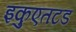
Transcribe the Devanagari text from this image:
इकुएतटड